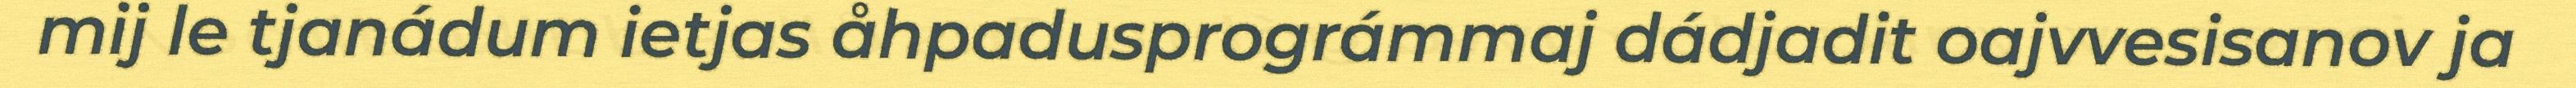
mij le tjanádum ietjas åhpadusprográmmaj dádjadit oajvvesisanov ja